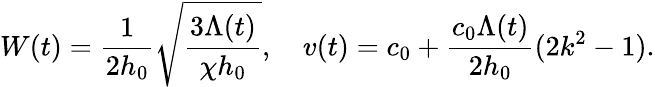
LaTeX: W(t)=\frac{1}{2h_{0}}\sqrt{\frac{3\Lambda(t)}{\chi h_{0}}},~~~~v(t)=c_{0}+\frac{c_{0}\Lambda(t)}{2h_{0}}(2k^{2}-1).